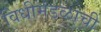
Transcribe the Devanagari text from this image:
विधीमंडळाची